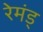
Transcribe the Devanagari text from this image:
रेमंड्